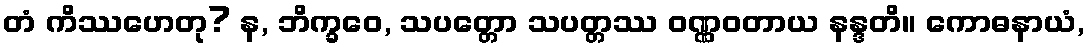
တံ ကိဿဟေတု? န, ဘိက္ခဝေ, သပတ္တော သပတ္တဿ ဝဏ္ဏဝတာယ နန္ဒတိ။ ကောဓနာယံ,